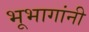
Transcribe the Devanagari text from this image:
भूभागांनी